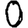
Digit: 0